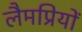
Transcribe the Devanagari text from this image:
लैमप्रियों